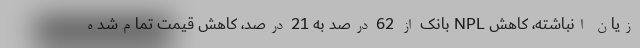
زیان انباشته، کاهش NPL بانک از 62 درصد به 21 درصد، کاهش قیمت تمام‌شده